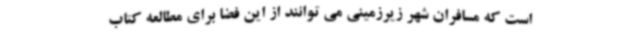
است که مسافران شهر زیرزمینی می توانند از این فضا برای مطالعه کتاب